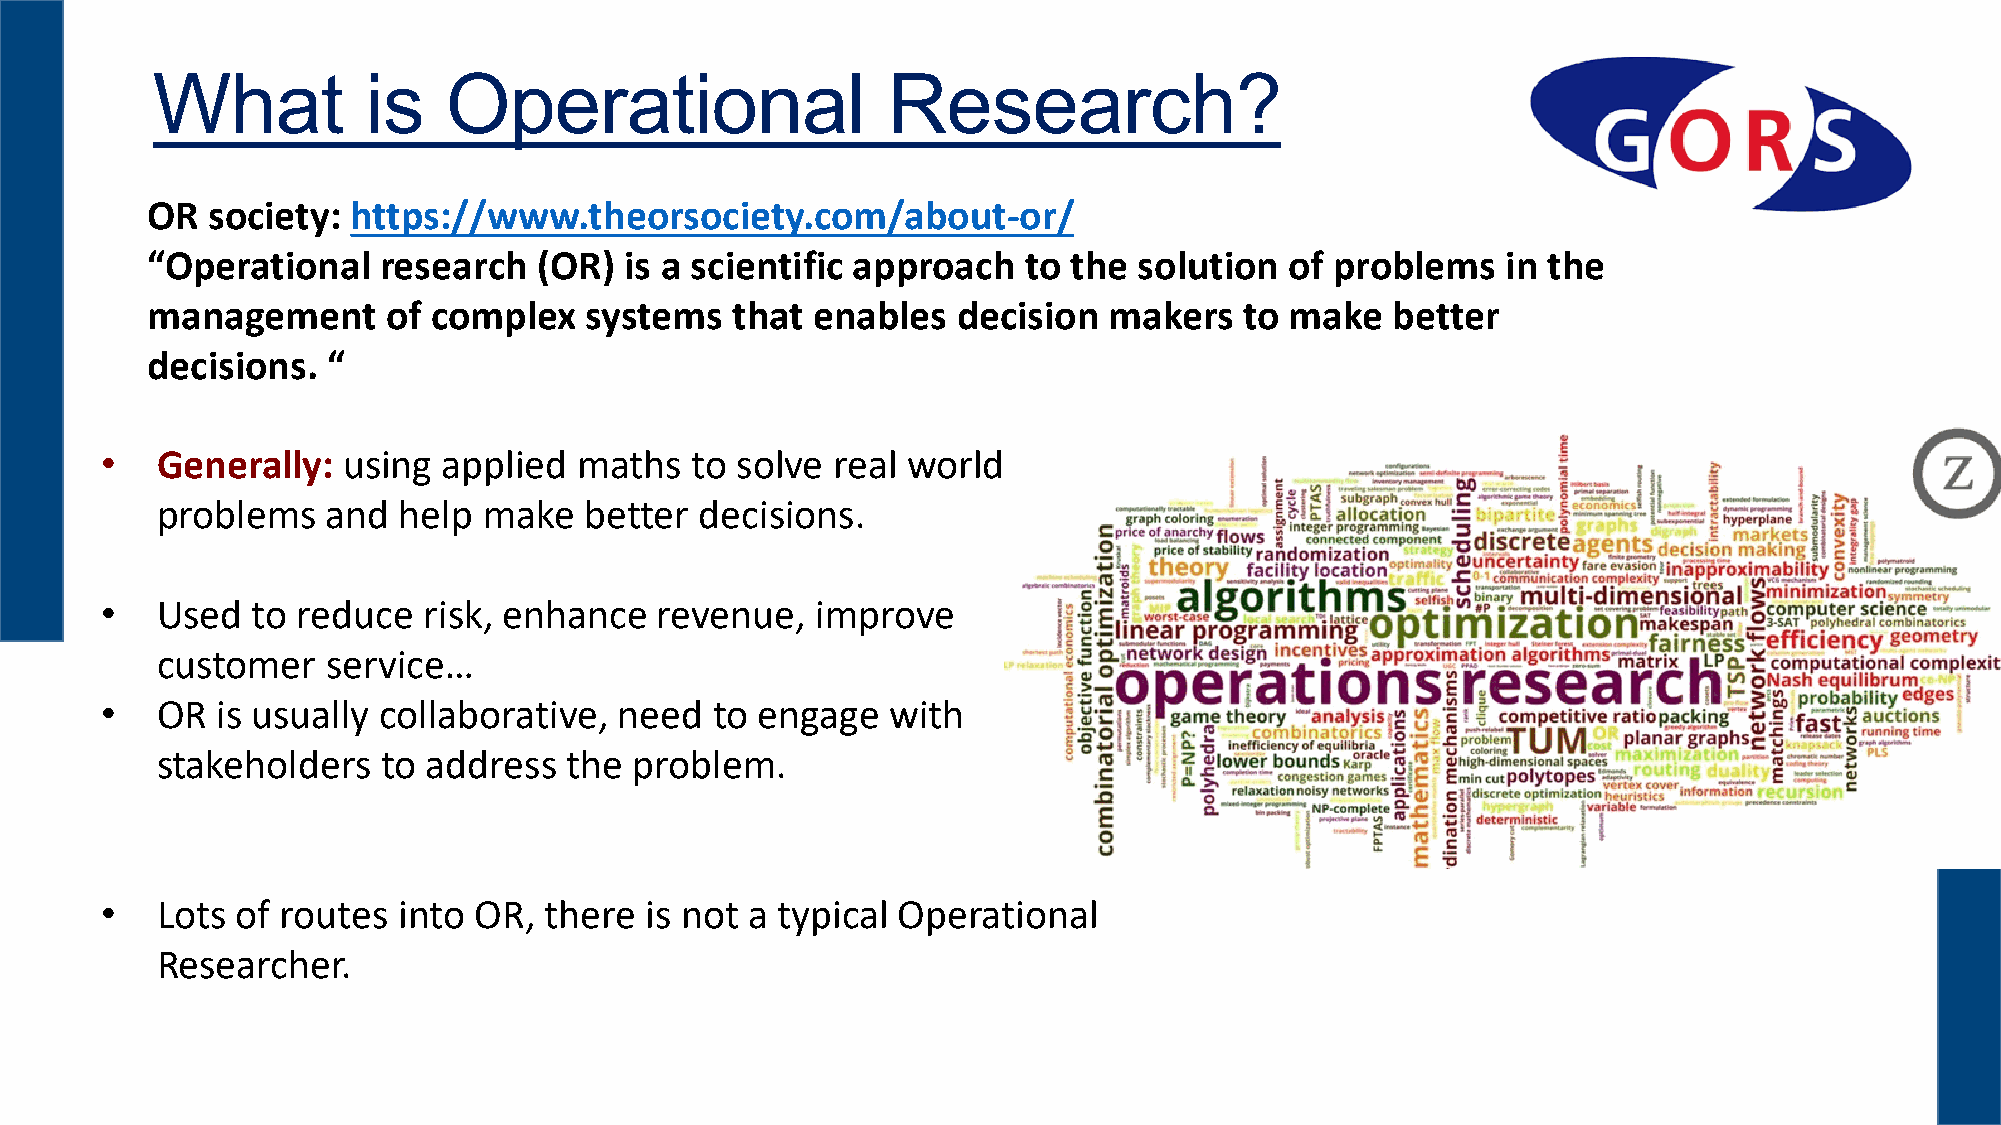
What          is   Operational                   Research?
 OR  society: https://www.theorsociety.com/about-or/
 “Operational   research   (OR) is a scientific approach   to the solution  of problems    in the
 management      of complex   systems  that  enables  decision  makers   to make   better
 decisions.  “
 •  Generally:   using applied  maths   to solve real world
 problems    and help  make   better decisions.
 •  Used   to reduce  risk, enhance   revenue,  improve
 customer    service…
 •  OR  is usually collaborative,  need  to engage   with
 stakeholders   to address  the  problem.
 •  Lots  of routes into OR,  there  is not a typical Operational
 Researcher.